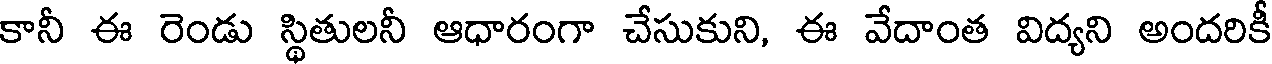
కానీ ఈ రెండు స్థితులనీ ఆధారంగా చేసుకుని, ఈ వేదాంత విద్యని అందరికీ